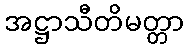
အဋ္ဌာသီတိမတ္တာ